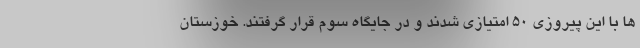
ها با این پیروزی ۵۰ امتیازی شدند و در جایگاه سوم قرار گرفتند. خوزستان